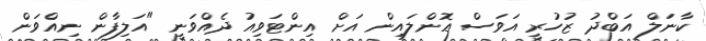
ކާނަލް އަބްދު ޒުހުރީ އަވަސް އޮންލައިން އަށް އިންޓަވިއު ދެއްވަނީ "އަލިފާން ނިއްވަން